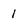
Character: 1